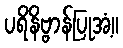
ပရိနိဗ္ဗာန်ပြုအံ့။